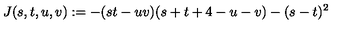
J ( s , t , u , v ) : = - ( s t - u v ) ( s + t + 4 - u - v ) - ( s - t ) ^ { 2 } \,